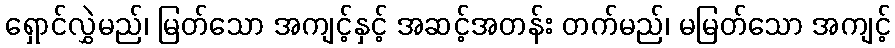
ရှောင်လွှဲမည်၊ မြတ်သော အကျင့်နှင့် အဆင့်အတန်း တက်မည်၊ မမြတ်သော အကျင့်